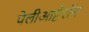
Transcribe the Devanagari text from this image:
पेलीआप्टेरॉन